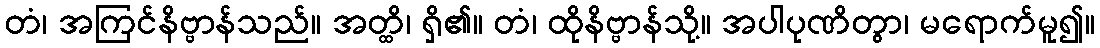
တံ၊ အကြင်နိဗ္ဗာန်သည်။ အတ္ထိ၊ ရှိ၏။ တံ၊ ထိုနိဗ္ဗာန်သို့။ အပါပုဏိတွာ၊ မရောက်မူ၍။